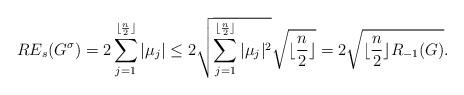
LaTeX: \begin{align*}RE_s(G^\sigma) = 2\sum_{j=1}^{\lfloor\frac{n}{2}\rfloor}|\mu_j|\leq 2\sqrt{\sum_{j=1}^{\lfloor\frac{n}{2}\rfloor}|\mu_j|^2}\sqrt{\lfloor\frac{n}{2}\rfloor}=2 \sqrt{\lfloor\frac{n}{2}\rfloor R_{-1}(G)}.\end{align*}